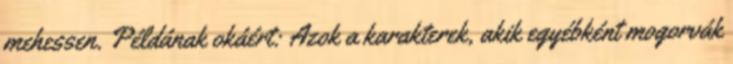
mehessen. Példának okáért: Azok a karakterek, akik egyébként mogorvák